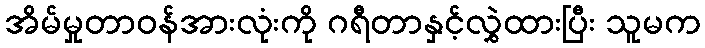
အိမ်မှုတာဝန်အားလုံးကို ဂရီတာနှင့်လွှဲထားပြီး သူမက